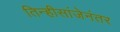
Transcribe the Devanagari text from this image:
तिन्हीसांजेनंतर